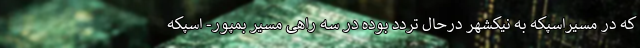
که در مسیراسپکه به نیکشهر درحال تردد بوده در سه راهی مسیر بمپور- اسپکه